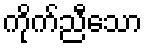
ကိုက်ညီသော